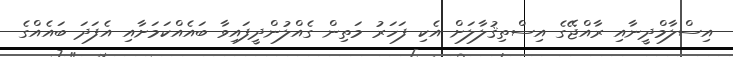
އިސްލާމްދީނާއި ރާއްޖޭގެ އިސްތިޤުލާލަށް އެކި ފަހަރު މަތިން ގެއްލުންދީފައިވާ ބައެއްކަމަށާއި އެފަދަ ބައެއްގެ